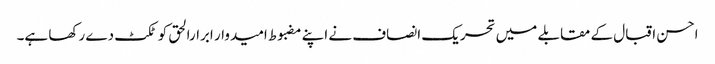
احسن اقبال کے مقابلے میں تحریک انصاف نے اپنے مضبوط امیدوار ابرارالحق کو ٹکٹ دے رکھا ہے۔